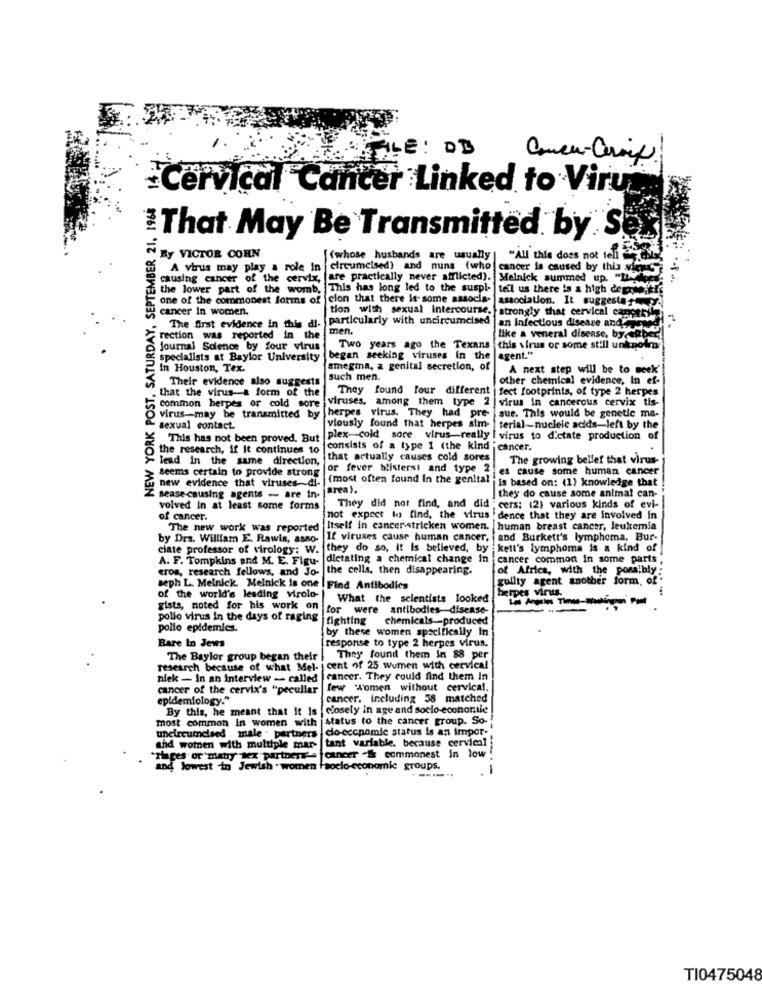
ENTILE: DD
Conce-Croix
Cervical Cancer Linked to Viru
NEW YORK POST, SATURDAY, SEPTEMBER 21. 1968
That May Be Transmitted by S
By VICTOR CORN
(whose husbands are usually
"All this does not tell
A virus may play a role in
circumcised) and nuns fwho
cancer is caused by this wie S
causing cancer of the cervix, fare practically never afflicted). Melnick summed up. "Tylu
the lower part of the womb, This has long led to the suspl- |tell us there is a high degreeitif
one of the commonest forms of cion that there is. some associa-
cancer In women.
association. It suggesta-24
particularly with uncircumcised
tion with sexual Intercourse. strongly that cervical costes
an Infectious disease and
The first evidence in this di-
men.
rection was reported in the
like a veneral disease, bych
journal Solence by four virus
Two years ago the Texans this virus or some still unknown-
specialists at Baylor University
began seeking viruses in the agent."
In Houston, Tex.
amegma, a genital secretion, of
A next step will be to seek'
Their evidence also suggests
such men.
other chemical evidence, In ef-
that the virus-a form of the
They found four different |fect footprints, of type 2 herpes
viruses, among them type 2 | virus in cancerous cervix tis-
common herpes or cold sore
virus-may be transmitted by
herpes virus. They had pre-
sue. This would be genetic ma-
sexual contact
viously found that herpes sim-
terial-nucleic acids-left by the
This has not been proved. But
plex-cold sore virus-really
virus to dictate production of
the research, if it continues 10
consists of a type 1 (the kind cancer.
lead in the same direction,
that actually causes cold sores
The growing bellef that virus-
for fever blistersi and type 2
es cause some human cancer
seems certain to provide strong
new evidence that viruses-di-
(most often found In the genital
is based on: (1) knowledge that
area).
sease-causing agents - are in-
they do cause some animal can-
volved In at least some forms
They did not find, and did ; cers: 12) various kinds of evi-
of cancer.
not expect lu find, the virus . dence that they are involved in
The new work was reported Itself in cancer-stricken women.
human breast cancer, leukemia
by Drs. William E. Rawls, asso. If viruses cause human cancer, and Burkett's lymphoma. Bur-
ciate professor of virology: w. they do so, It Is believed, by kett's lymphoma is a kind of
A. F. Tompkins and M. E. Figu-
dictating a chemical change in
cancer common In some parts
eros, research fellows, and Jo- the cells, then disappearing.
of Africa, with the pors.bly :
guilty agent another form, of
seph L. Melnick Melnick is one . Find Antibodies
herpes virus.
of the world's leading virolo-
What the scientists looked
Los Angeles Times-Washington Post
gists, noted for his work on
for were antibodies-disease-
pollo virus in the days of raging
jfighting
chemicals-produced
pollo epidemics.
by these women specifically In
Bare In Jews
response to type 2 herpes virus.
The Baylor group began their
They found them in 88 per
research because of what Mel- j cent of 25 wumen with cervical
niek - in an Interview -- called | cancer. They could find them In
cancer of the cervix's "peculiar
few Women without cervical.
epidemiology."
cancer. including 58 matched
By this, he meant that it is
closely in age and socio-econortle
most common In women with
status to the cancer group. So-
dio-cccpomic status is an impor-
and women with multiple mar tant variable. because cervical
uncircumcised male . partners
"Plages or matry sex partners' . |cancer .& commonest in low
and lowest in Jewish . women Fsocio-economic groups.
TI0475048